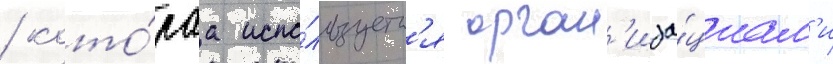
/ кото́раа испо́льзуетс'я орган'иза́циам'и